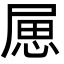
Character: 𢛥